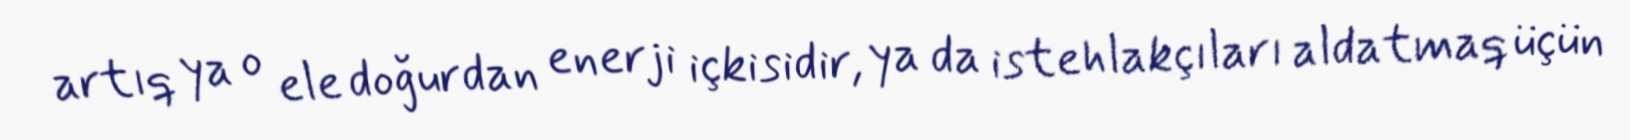
artıq ya o ele doğurdan enerji içkisidir, ya da istehlakçıları aldatmaq üçün